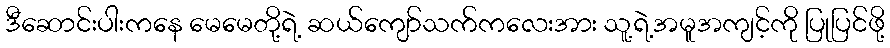
ဒီဆောင်းပါးကနေ မေမေတို့ရဲ့ ဆယ်ကျော်သက်ကလေးအား သူ့ရဲ့အမူအကျင့်ကို ပြုပြင်ဖို့